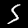
Label: 5